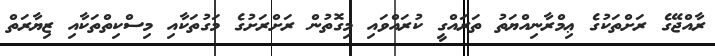
ރާއްޖޭގެ ރަށްތަކުގެ ޢިމްރާނިއްޔަތު ތަރައްގީ ކުރައްވައި މިގޮތުން ރަށްރަށުގެ މަގުތަކާއި މިސްކިތްތަކާއި ޒިޔާރަތް